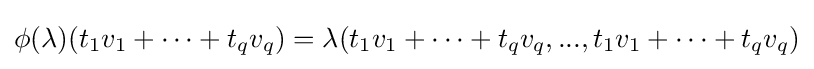
\phi (\lambda )(t_{1}v_{1}+\cdots +t_{q}v_{q})=\lambda (t_{1}v_{1}+\cdots +t_{q}v_{q},...,t_{1}v_{1}+\cdots +t_{q}v_{q})